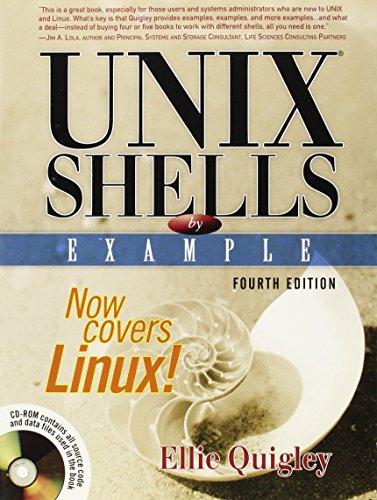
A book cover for UNIX Shells by Example (4th Edition); Ellie Quigley; Computers & Technology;